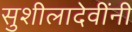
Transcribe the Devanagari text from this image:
सुशीलादेवींनी